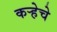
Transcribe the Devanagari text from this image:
कर्‍हेचे